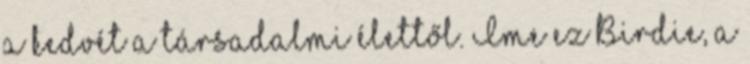
a kedvét a társadalmi élettől. Íme ez Birdie, a